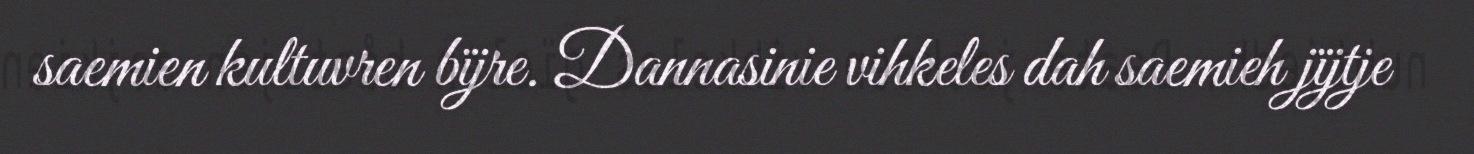
saemien kultuvren bïjre. Dannasinie vihkeles dah saemieh jïjtje